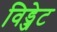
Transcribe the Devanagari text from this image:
विड्जेट